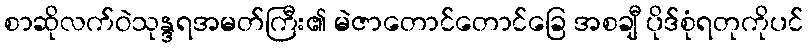
စာဆိုလက်ဝဲသုန္ဒရအမတ်ကြီး၏ မဲဇာတောင်တောင်ခြေ အစချီ ပိုဒ်စုံရတုကိုပင်